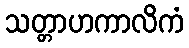
သတ္တာဟကာလိကံ